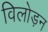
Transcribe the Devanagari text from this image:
विलोड़न